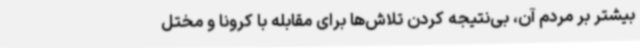
بیشتر بر مردم آن، بی‌نتیجه کردن تلاش‌ها برای مقابله با کرونا و مختل